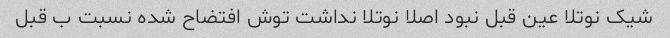
شیک نوتلا عین قبل نبود اصلا نوتلا نداشت توش افتضاح شده نسبت ب قبل